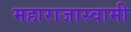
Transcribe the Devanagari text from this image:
महाराजास्‍वामी